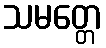
သမတ္တေ